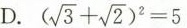
D.( $$(\sqrt{3}+ \sqrt{2})^{2}=5$$